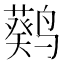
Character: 𬸮